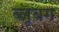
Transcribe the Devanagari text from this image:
ब्लूबग